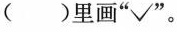
( )里画“√”